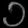
Digit: ၁